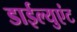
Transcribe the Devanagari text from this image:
डाईल्युएंट